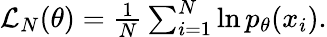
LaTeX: \begin{array}{r}{\mathcal{L}_{N}(\theta)=\frac{1}{N}\sum_{i=1}^{N}\ln p_{\theta}(x_{i}).}\end{array}